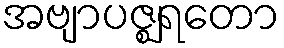
အဗျာပဇ္ဈရတော